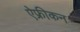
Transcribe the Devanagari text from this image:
ऐफ्रीकन